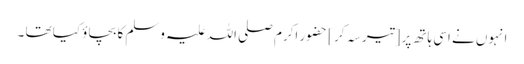
انہوں نے اسی ہاتھ پر [تیر سہ کر ] حضور اکرم صلی اللہ علیہ وسلم کا بچاؤ کیا تھا ۔